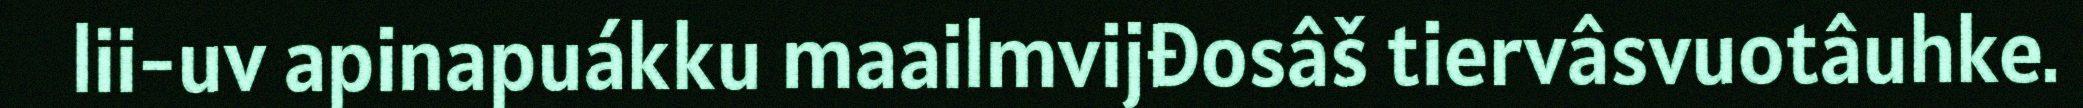
lii-uv apinapuákku maailmvijđosâš tiervâsvuotâuhke.